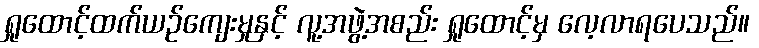
ရှုထောင့်ထက်ယဉ်ကျေးမှုနှင့် လူ့အဖွဲ့အစည်း ရှုထောင့်မှ လေ့လာရပေသည်။